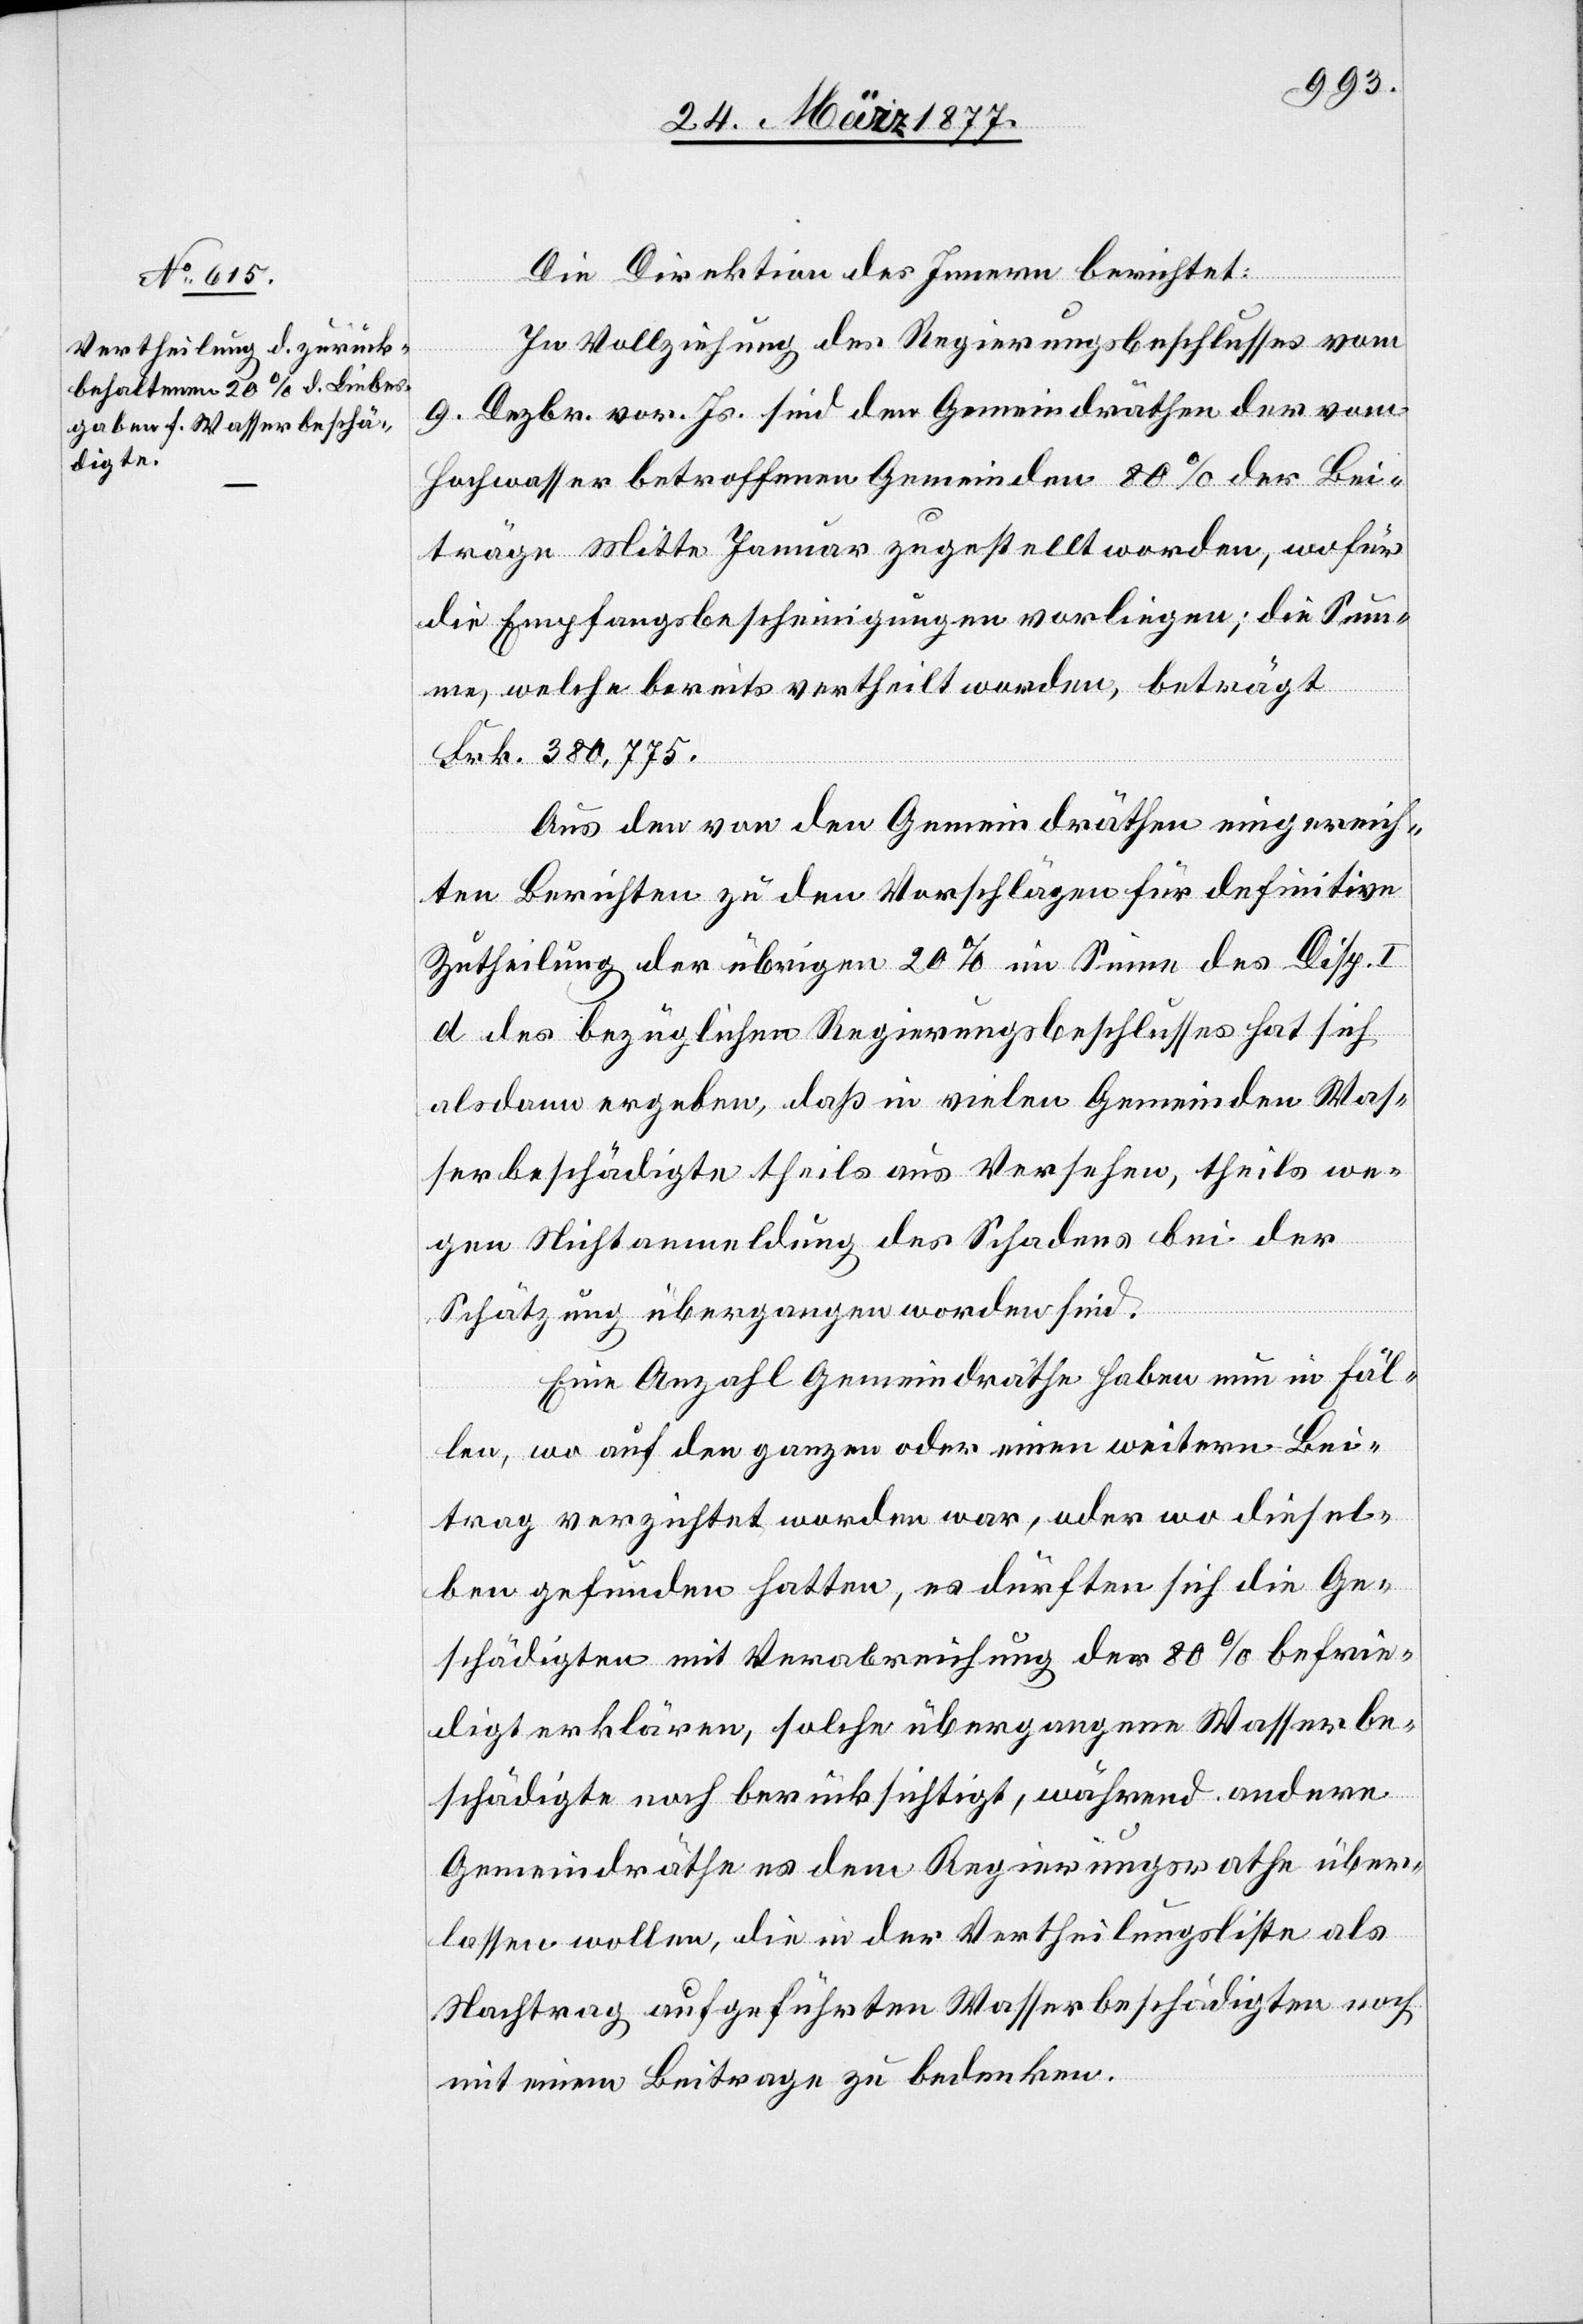
Die Direktion des Innern berichtet:
In Vollziehung des Regierungsbeschlusses vom
9. Dezbr. vor. Js. sind den Gemeindräthen der vom
Hochwasser betroffenen Gemeinden 80% der Bei¬
träge Mitte Januar zugestellt worden, wofür
die Empfangsbescheinigungen vorliegen; die Sum¬
me, welche bereits vertheilt worden, beträgt
Frk. 380,775.
Aus den von den Gemeindräthen eingereich¬
ten Berichten zu den Vorschlägen für definitive
Zutheilung der übrigen 20% im Sinne des Disp.
d des bezüglichen Regierungsbeschlusses hat sich
alsdann ergeben, daß in vielen Gemeinden Was¬
serbeschädigte theils aus Versehen, theils we¬
gen Nichtanmeldung des Schadens bei der
Schätzung übergangen worden sind.
Eine Anzahl Gemeindräthe haben nun in Fäl¬
len, wo auf den ganzen oder einen weitern Bei¬
trag verzichtet worden war, oder wo diesel¬
ben gefunden hatten, es dürften sich die Ge¬
schädigten mit Verabreichung der 80% befrie¬
digt erklären, solche übergangene Wasserbe¬
schädigte noch berücksichtigt, während andere
Gemeindräthe es dem Regierungsrathe über¬
lassen wollen, die in der Vertheilungsliste als
Nachtrag aufgeführten Wasserbeschädigten noch
mit einem Beitrage zu bedenken.